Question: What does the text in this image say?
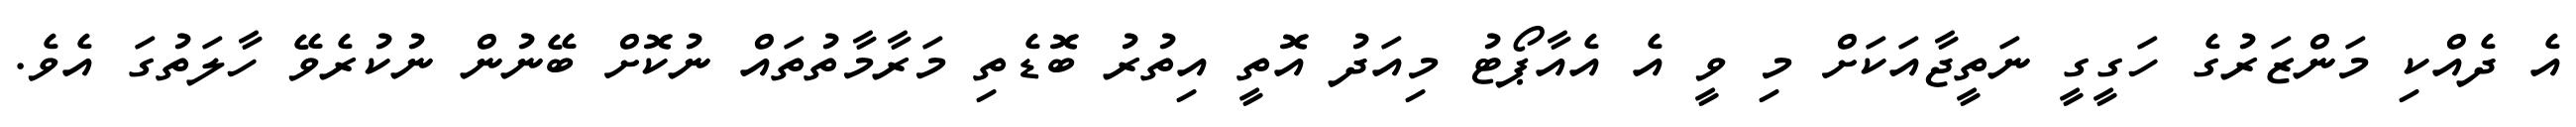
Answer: އެ ދެއްކި މަންޒަރުގެ ހަގީގީ ނަތީޖާއަކަށް މި ވީ އެ އެއާޕޯޓު މިއަދު އޮތީ އިތުރު ބޮޑެތި މަރާމާތުތައް ނުކޮށް ބޭނުން ނުކުރެވޭ ހާލަތުގަ އެވެ.